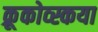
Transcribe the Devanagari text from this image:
क्रूकोव्स्कया